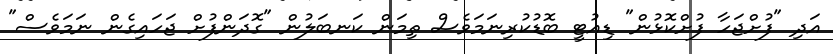
އަދި "ފުށްޖަހާ ފުށްކޮޅުން" ޑިއުޓީ ބޮޑުކުރިނަމަވެސް ތިމަން ކަނބަލުން "ގޮދަންފުށް ޖަހައިގެން ނަމަވެސް"